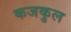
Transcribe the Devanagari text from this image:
कजकुल